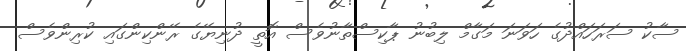
ސާކު ސަރަހައްދުގެ ހަވަނަ މަގާމް ލިބުނު ޕާކިސްތާނުވެސް އޮތީ ދުނިޔޭގެ ރޭންކިންގައި ކުރިންވެސް